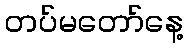
တပ်မတော်နေ့